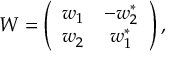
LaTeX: W = \left( \begin{array} { c c } { { w _ { 1 } } } & { { - w _ { 2 } ^ { \ast } } } \\ { { w _ { 2 } } } & { { w _ { 1 } ^ { \ast } } } \end{array} \right) ,